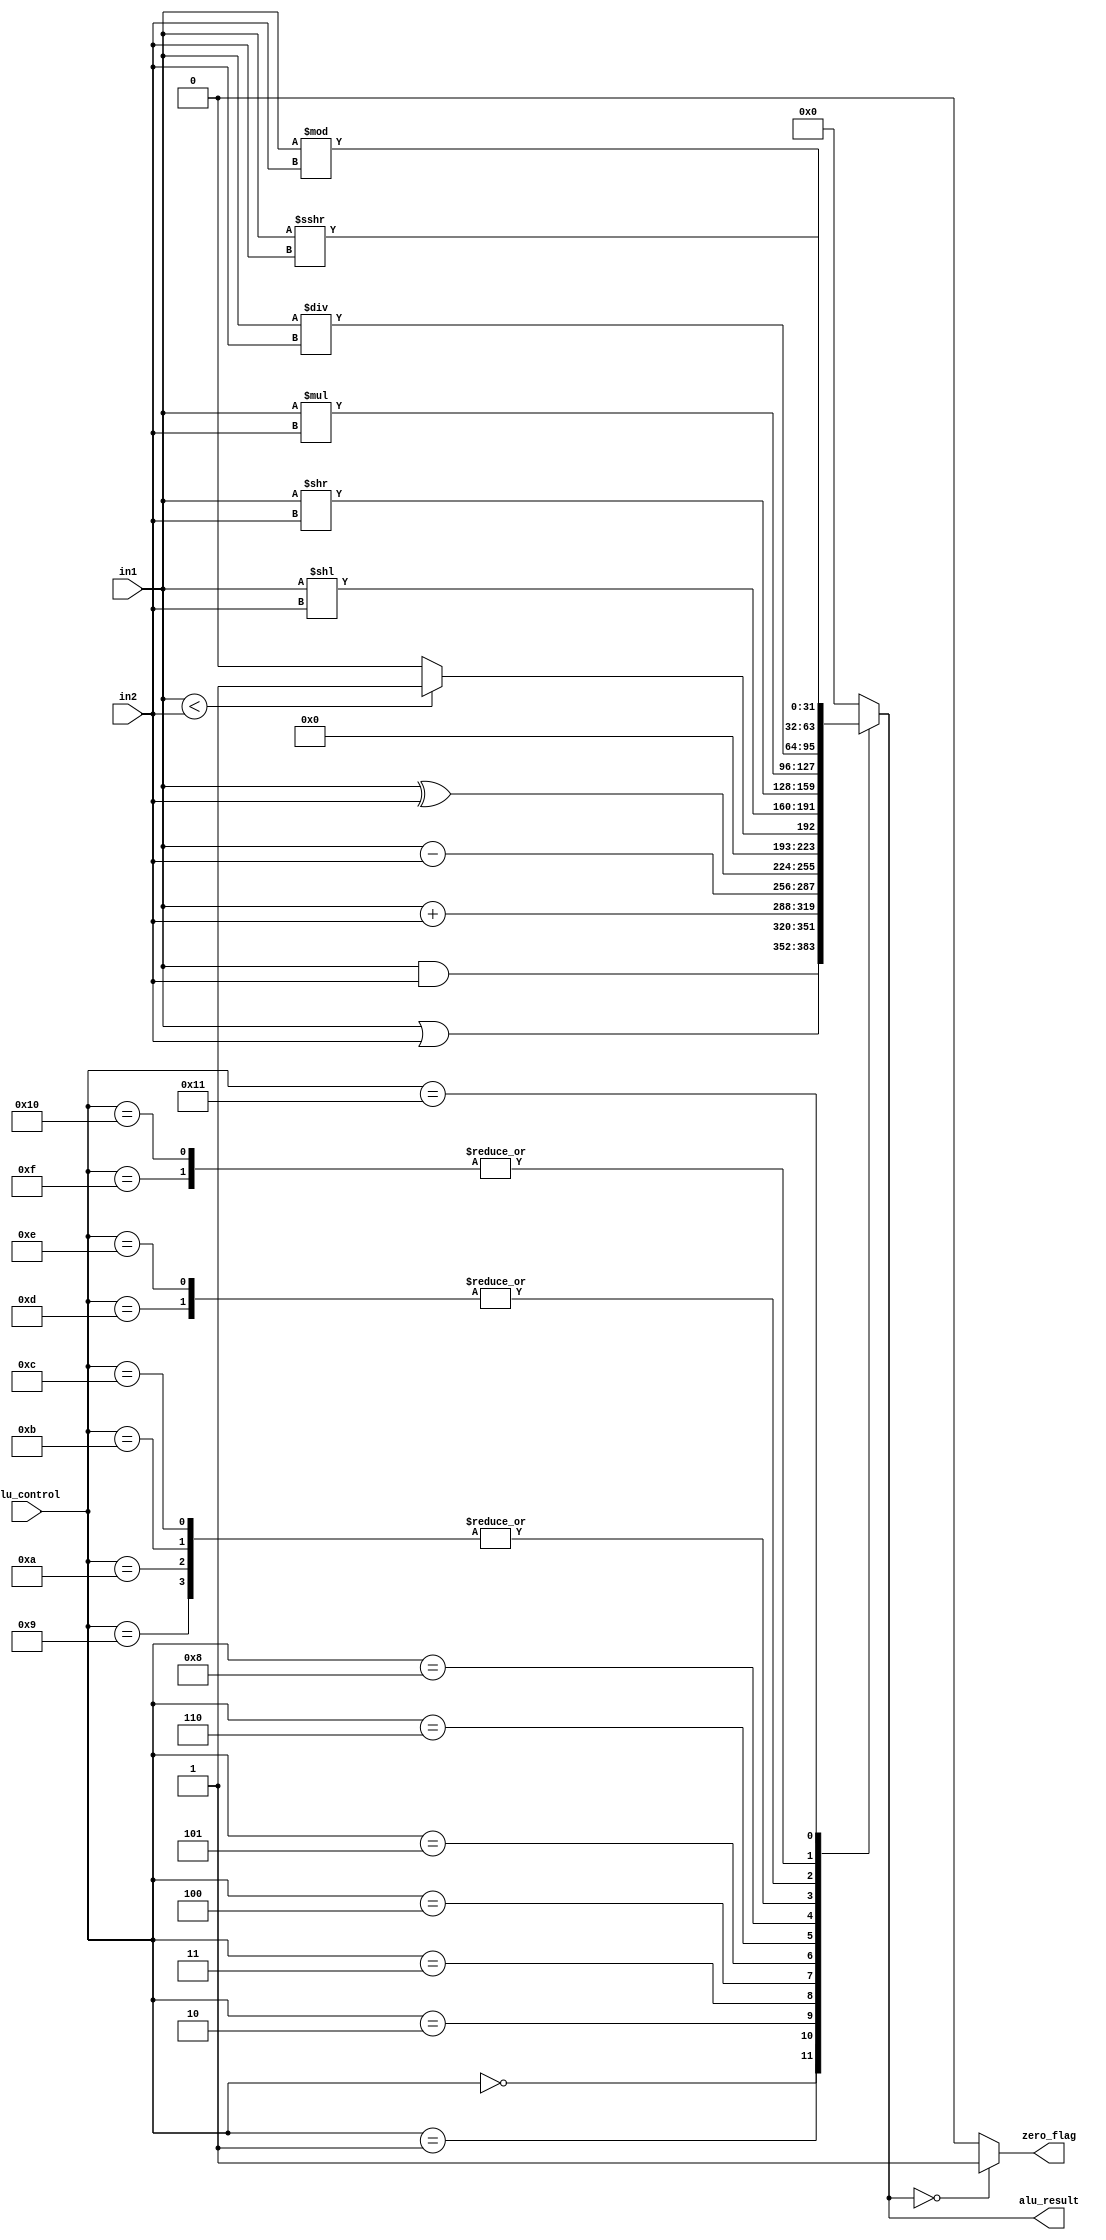
/*
ALU module, which takes two operands of size 32-bits each and a 4-bit ALU_control as input.
Operation is performed on the basis of ALU_control value and output is 32-bit ALU_result. 
If the ALU_result is zero, a ZERO FLAG is set.
*/

/*
ALU Control lines | Function
-----------------------------
        0000    Bitwise-AND
        0001    Bitwise-OR
        0010	Add (A+B)
        0100	Subtract (A-B)
        1000	Set on less than
        0011    Shift left logical
        0101    Shift right logical
        0110    Multiply
        0111    Bitwise-XOR
*/

module ALU (in1, in2, alu_control, alu_result, zero_flag);
    input [31:0] in1,in2;
    input[4:0] alu_control;
    output reg [31:0] alu_result;
    output reg zero_flag;

    always @(*)
    begin
        
        case(alu_control)

        5'b00000: alu_result = in1&in2; //and / andi
        5'b00001: alu_result = in1|in2; //or / ori
        5'b00010: alu_result = in1+in2; //lw / sw / add / addi
        5'b00011: alu_result = in1-in2; //sub / beq / bne /blt /bge
        5'b00100: alu_result = in1^in2; //xor / xori
        5'b00101: alu_result = (in1<in2)?1:0; //slt / slti
        5'b00110: alu_result = in1<<in2; //sll 
        5'b01000: alu_result = in1>>in2; //srl
        
        5'b01001: alu_result = in1*in2; //multiplication
        5'b01010: alu_result = in1*in2; //multiplication signed  * signed
        5'b01011: alu_result = $unsigned(in1) * $unsigned(in2); //MULHU
        5'b01100: alu_result = $signed(in1) * $unsigned(in2); //MULHSU
        
        5'b01101: alu_result = in1/in2; //DIV
        5'b01110: alu_result = $unsigned(in1)/$unsigned(in2); //DIVU
        5'b01111: alu_result = in1%in2; //REM
        5'b10000: alu_result = in1%in2; //REMU
        
        5'b10001: alu_result = in1>>>in2; //sra
        default: alu_result = 32'b0;
        endcase

        // Set the Zero_flag if ALU_result is zero
        if (alu_result == 0)
            zero_flag = 1'b1;
        else
            zero_flag = 1'b0;
        
    end
endmodule